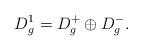
LaTeX: \begin{align*}D_g^1 = D_g^+ \oplus D_g^-.\end{align*}